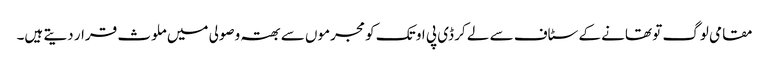
مقامی لوگ تو تھانے کے سٹاف سے لے کر ڈی پی او تک کو مجرموں سے بھتہ وصولی میں ملوث قرار دیتے ہیں۔